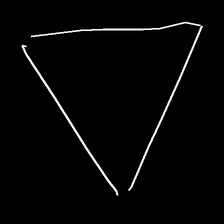
Glyph: convergence